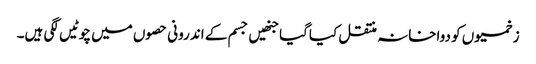
زخمیوں کو دواخانہ منتقل کیاگیا جنھیں جسم کے اندرونی حصوں میں چوٹیں لگی ہیں۔